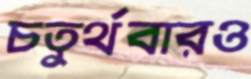
চতুর্থবারও